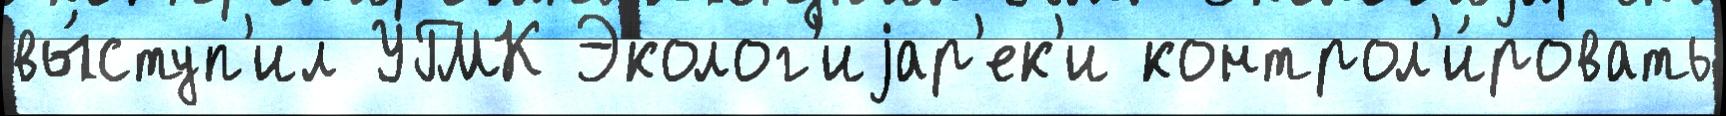
вы́ступ'ил УГМК Эколог'иjар'ек'и контрол'и́ровать